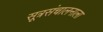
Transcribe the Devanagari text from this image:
सूत्रसंचालनाला